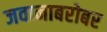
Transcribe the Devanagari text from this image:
जवानाबरोबर